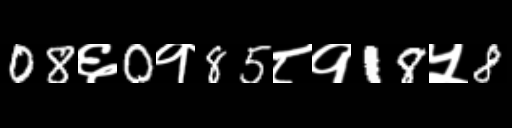
Text: 08६0१85८१18५8